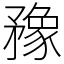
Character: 䂊